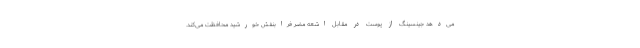
می‌دهد جینسینگ از پوست در مقابل اشعه مضر فرابنفش خورشید محافظت می‌کند.